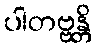
ပါတဗ္ဗန္တိ